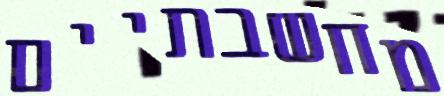
מחשבתיים